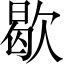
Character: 歇